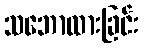
သဘောထားခြင်း